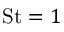
\mathrm { S t } = 1